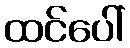
ထင်ပေါ်